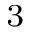
^ 3